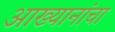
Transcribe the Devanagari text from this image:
आख्यानांचा